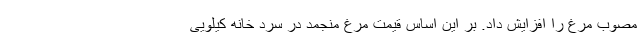
مصوب مرغ را افزایش داد. بر این اساس قیمت مرغ منجمد در سرد خانه کیلویی